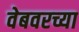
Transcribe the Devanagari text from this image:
वेबवरच्या